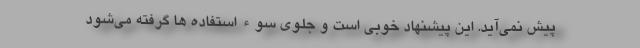
پیش نمی‌آید. این پیشنهاد خوبی است و جلوی سوء استفاده ها گرفته می‌شود